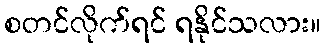
စတင်လိုက်ရင် ရနိုင်သလား။